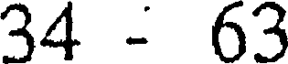
34 - 63